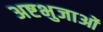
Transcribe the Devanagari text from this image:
अष्टभुजाओं